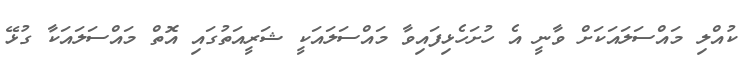
ކުއްލި މައްސަލައަކަށް ވާނީ އެ ހުށަހެޅިފައިވާ މައްސަލައަކީ ޝަރީއަތުގައި އޮތް މައްސަލައަކާ ގުޅޭ